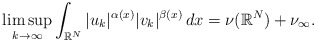
\begin{align*}\limsup_{k \to \infty}\displaystyle{ \int_{\mathbb{R}^{N} }|u_k|^{\alpha(x)}|v_k|^{\beta(x)}\,dx}= \nu(\mathbb{R}^{N})+\nu_{\infty}.\end{align*}